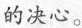
的决心。